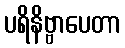
ပရိနိဗ္ဗာပေတာ